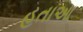
હતાઆ